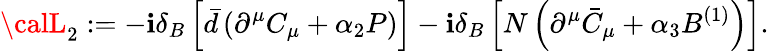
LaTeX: {\calL}_{2}:=-\mathbf{i}\delta_{B}\left[\bar{{d}}\left(\partial^{\mu}C_{\mu}+\alpha_{2}P\right)\right]-\mathbf{i}\delta_{B}\left[N\left(\partial^{\mu}\bar{{C}}_{\mu}+\alpha_{3}B^{(1)}\right)\right].